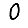
Digit: 0